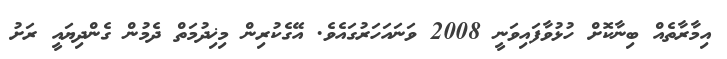
އިމާރާތެއް ބިނާކޮށް ހުޅުވާފައިވަނީ 2008 ވަނައަހަރުގައެވެ. އޭގެކުރިން މިޚިދުމަތް ދެމުން ގެންދިޔައީ ރަށު